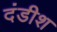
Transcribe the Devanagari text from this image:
दंडीश